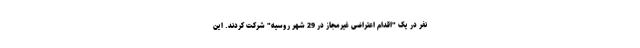
نفر در یک "اقدام اعتراضی غیرمجاز در 29 شهر روسیه" شرکت کردند. این